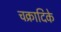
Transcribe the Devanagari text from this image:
चक्रादिके